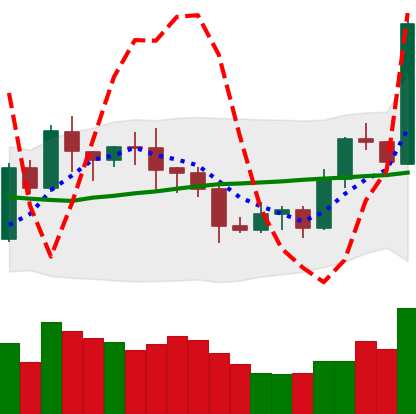
Ticker: LTC-USD
Chart end date: 2020-07-25
Forward return: 16.061%
Label: up_7plus